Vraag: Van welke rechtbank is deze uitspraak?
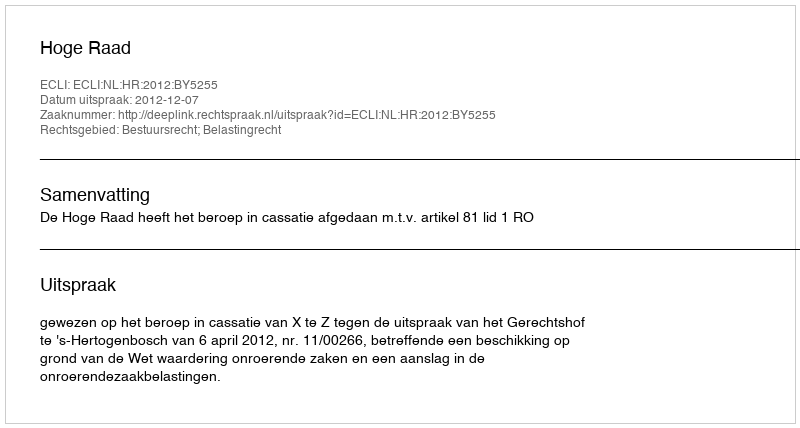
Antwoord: Hoge Raad